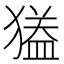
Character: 𱮟